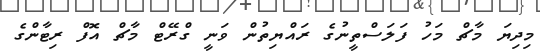
މިދިޔަ މާޗް މަހު ފަލަސްތީނުގެ ރައްޔިތުން ވަނީ ގްރޭޓް މާޗް އޮފް ރިޓާންގެ